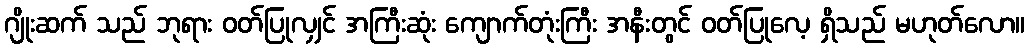
ဂျိုးဆက် သည် ဘုရား ဝတ်ပြုလျှင် အကြီးဆုံး ကျောက်တုံးကြီး အနီးတွင် ဝတ်ပြုလေ့ ရှိသည် မဟုတ်လော။